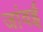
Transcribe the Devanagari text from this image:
जांवई